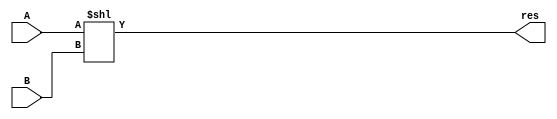
`timescale 1ns / 1ps
//////////////////////////////////////////////////////////////////////////////////
// Company: 
// Engineer: 
// 
// Design Name: 
// Module Name: sll
// Project Name: 
// Target Devices: 
// Tool Versions: 
// Description: 
// 
// Dependencies: 
// 
// Revision:
// Revision 0.01 - File Created
// Additional Comments:
// 
//////////////////////////////////////////////////////////////////////////////////


module sll(
input[31:0] A,
input[31:0] B,
output[31:0] res
    );
    assign res  = A << B;
endmodule